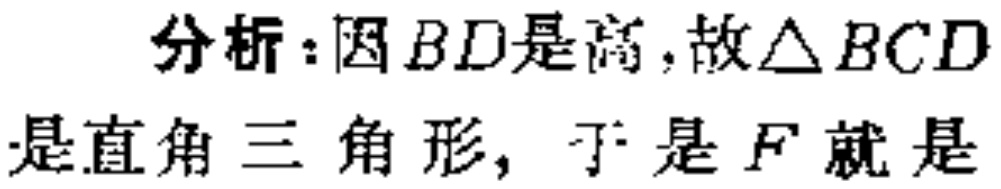
分析：因 \(BD\)是高，故\(\triangle BCD\)是直角三角形，于是 \(F\)就是